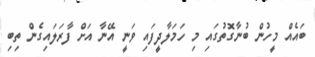
ބައެއް މީހުން ބުނާގޮތުގައި މި ހަމަލާދީފައި ވަނީ އޭނާ އަށް ފާރަލައިގެން ތިބި